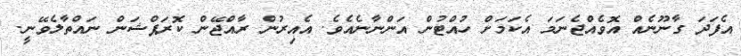
އެފަދަ ގާނޫނެއް އޮވެެއްޖެނަމަ އެކަމަށް ހުއްޓުން އަންނާނެއެވެ. އެއިރުން ރާއްޖޭން ކޮރަޕްޝަން ނައްތާލެވޭނީ.